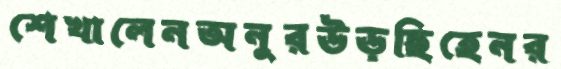
শেখালেনঅনুরউড়ছিহেনর